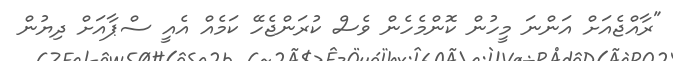
"ރާއްޖެއަށް އަންނަ މީހުން ކޮންމެހެން ވެސް ކުރަންޖެހޭ ކަމެއް އެއީ ސްޕާއަށް ދިޔުން